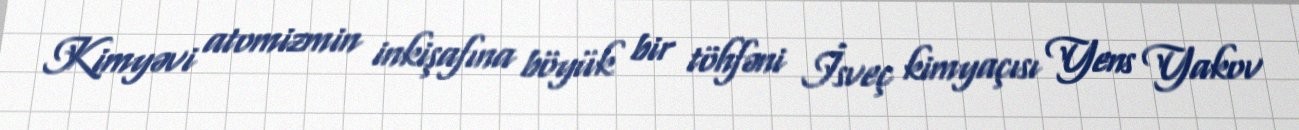
Kimyəvi atomizmin inkişafına böyük bir töhfəni İsveç kimyaçısı Yens Yakov